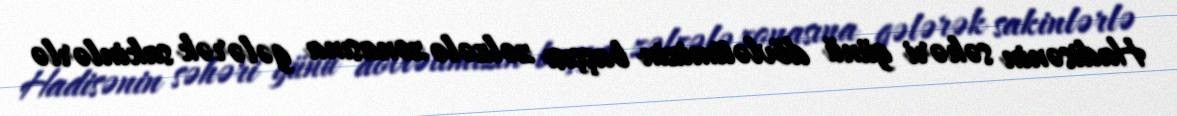
Hadisənin səhəri günü dövlətimizin başçısı zəlzələ zonasına gələrək sakinlərlə